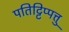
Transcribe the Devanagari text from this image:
पतिट्टिप्पत्तु